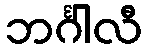
ဘင်္ဂါလီ